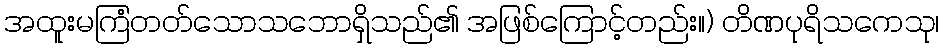
အထူးမကြံတတ်သောသဘောရှိသည်၏ အဖြစ်ကြောင့်တည်း။) တိဏပုရိသကေသု၊